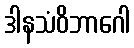
ဒါနသံဝိဘာဂေါ